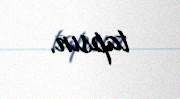
tapsın.